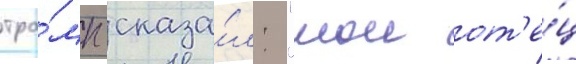
тра́мп сказа́л: "мои от'е́ц